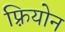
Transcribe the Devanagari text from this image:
फ़्रियोन